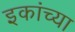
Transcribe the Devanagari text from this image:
इकांच्या